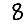
Digit: 8